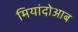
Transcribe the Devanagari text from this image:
मियांदोआब